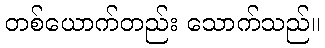
တစ်ယောက်တည်း သောက်သည်။